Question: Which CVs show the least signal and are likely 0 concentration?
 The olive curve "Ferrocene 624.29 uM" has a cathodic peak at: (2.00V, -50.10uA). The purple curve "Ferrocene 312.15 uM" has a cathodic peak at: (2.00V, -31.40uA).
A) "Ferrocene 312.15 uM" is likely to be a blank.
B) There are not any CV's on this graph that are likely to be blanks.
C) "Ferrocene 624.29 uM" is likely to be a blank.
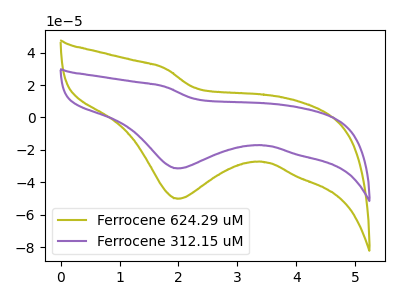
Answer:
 <answer>B) There are not any CV's on this graph that are likely to be blanks.</answer>
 <eval>B</eval>